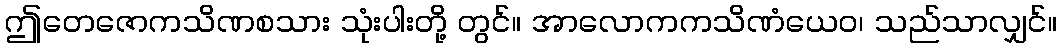
ဤတေဇောကသိဏစသား သုံးပါးတို့ တွင်။ အာလောကကသိဏံယေဝ၊ သည်သာလျှင်။